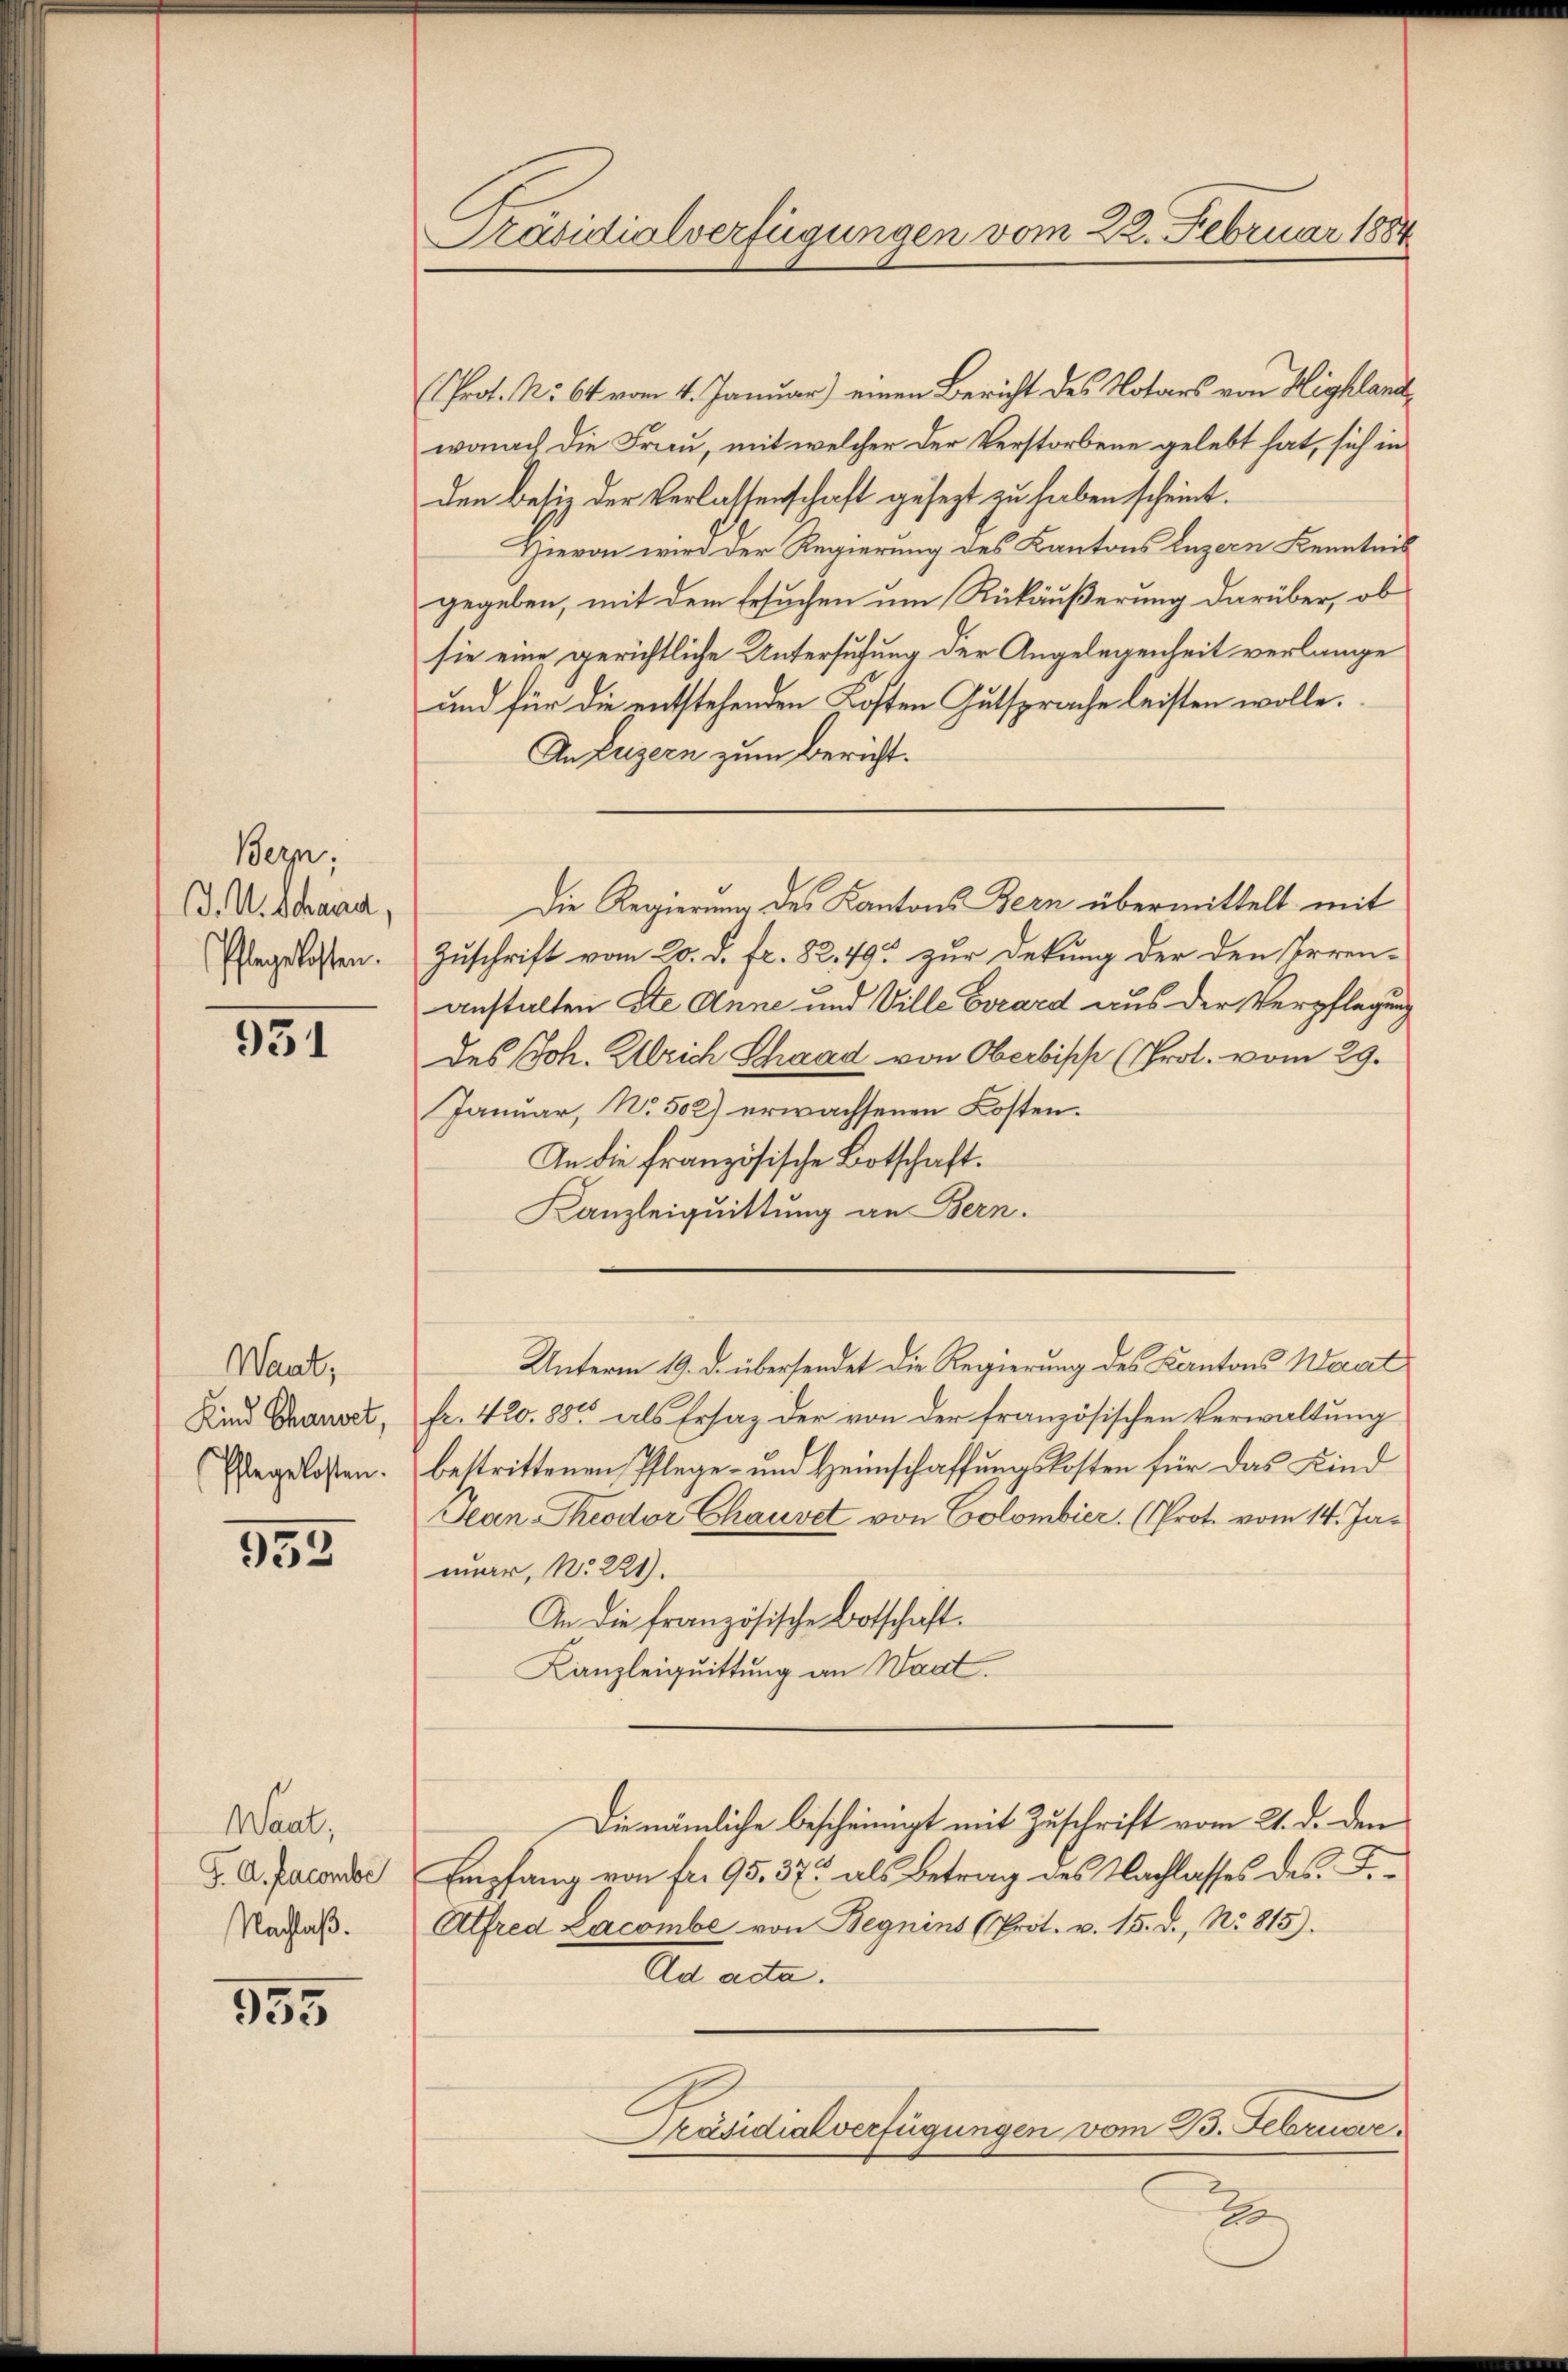
Bern,
J. U. Schana,
Pflegelosten.

931

Waat,
Kind Chauset,
Pflegelosten.

952

Want,
J. A. faconbe
Nachlaß.

955

Präsidialverfügungen vom 22. Februar 1884

(Prot. No. 64 vom 4. Januar) einen Bericht des Notars von Highlandwonach die Frau, mit welcher der Verstorbene gelebt hat, sich in
den besiz der Verlassenschaft gesezt zu haben scheint.
Hievon wird der Regierung des Kantons Luzern Kenntnis
gegeben, mit dem Ersuchen um Rückäußerung darüber, ob
sie eine gerichtliche Untersuchung der Angelegenheit verlange
und für die entstehenden Kosten Gutsprache leisten wolle.
An Luzern zum Bericht.
Zuschrift vom 20. d. fr. 82. 49 zur Dekung der den Irren-
anstalten Ste Anne und Ville Evzard aus der Verpflegung
des Joh. Ulrich Schaad von Oberbisch (Prot. vom 29.
Januar, No. 502) erwachsenen Kosten.
An die französische Botschaft.
Kanzleiquittung an Bern.
Unterm 19. d. übersendet die Regierung des Kantons Waat
fr. 420. 880 als Ersatz der von der französischen Verwaltung
bestrittenen Pflege- und Heimschaffungskosten für das Kind
San-Theodor Chauvet von Colombier (Prot. vom 14. Jamar, No 221).
An die französische Botschaft.
Kanzleiquittung an Waat.
Die nämliche bescheinigt mit Zuschrift vom 21. d. den
Empfang von fr. 95. 37 als Betrag des Nachlasses des F.
Alfred Lacombe von Begnins (Prot. v. 15. d. No. 815).
Ad acta.
Präsidialverfügungen vom 23. Februar.
d

Die Regierung des Kantons Bern übermittelt mit